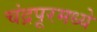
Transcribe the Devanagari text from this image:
चंद्रपूरमध्ये